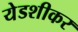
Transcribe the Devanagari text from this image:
येडशीकर